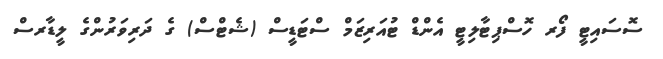
ސޮސައިޓީ ފޯރ ހޮސްޕިޓާލިޓީ އެންޑް ޓުއަރިޒަމް ސްޓަޑީސް (ޝެޓްސް) ގެ ދަރިވަރުންގެ ލީޑާރސް